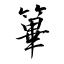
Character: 篳